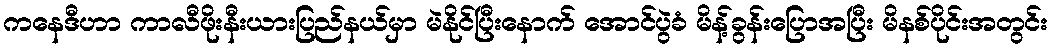
ကနေဒီဟာ ကာလီဖိုးနီးယားပြည်နယ်မှာ မဲနိုင်ပြီးနောက် အောင်ပွဲခံ မိန့်ခွန်းပြောအပြီး မိနစ်ပိုင်းအတွင်း